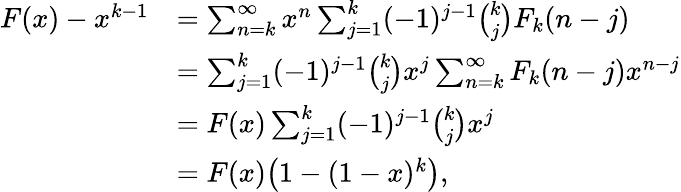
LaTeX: \begin{array}{rl}{F(x)-x^{k-1}}&{=\sum_{n=k}^{\infty}x^{n}\sum_{j=1}^{k}(-1)^{j-1}\binom{k}{j}F_{k}(n-j)}\\ &{=\sum_{j=1}^{k}(-1)^{j-1}\binom{k}{j}x^{j}\sum_{n=k}^{\infty}F_{k}(n-j)x^{n-j}}\\ &{=F(x)\sum_{j=1}^{k}(-1)^{j-1}\binom{k}{j}x^{j}}\\ &{=F(x)\big(1-(1-x)^{k}\big),}\end{array}